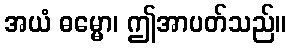
အယံ ဓမ္မော၊ ဤအာပတ်သည်။